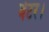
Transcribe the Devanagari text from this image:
बेटर।